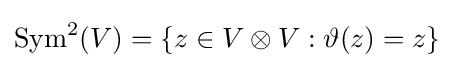
{\text{Sym}}^{2}(V)=\{z\in V\otimes V:\vartheta (z)=z\}